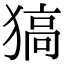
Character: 𤠖